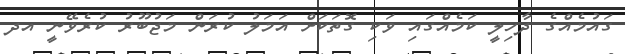
ގައުމެއްގެ ދާހިލީ ކަމެއްގައި ވަކި ގޮތަކަށް އަމަލު ކުރަން މަޖުބޫރު ކުރެވޭނީ އދ